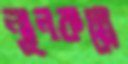
ন্যূনকল্পে